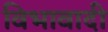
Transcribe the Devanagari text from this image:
विभावादी